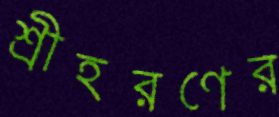
শ্রীহরণের